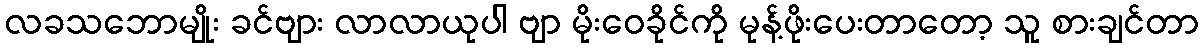
လခသဘောမျိုး ခင်ဗျား လာလာယုပါ ဗျာ မိုးဝေခိုင်ကို မုန့်ဖိုးပေးတာတော့ သူ စားချင်တာ